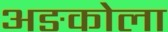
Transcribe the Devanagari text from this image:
अङकोला